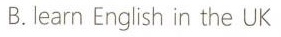
B.learn English in the UK